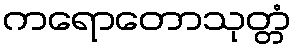
ကရောတောသုတ္တံ